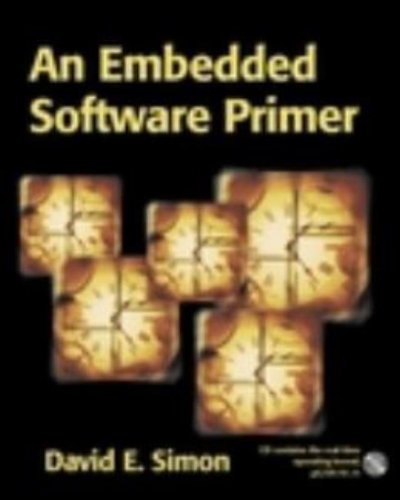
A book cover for An Embedded Software Primer; David E. Simon; Computers & Technology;